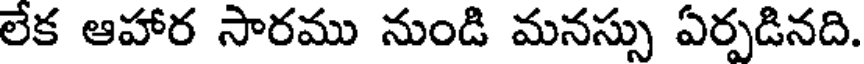
లేక ఆహార సారము నుండి మనస్సు ఏర్పడినది.